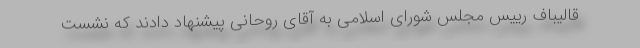
قالیباف رییس مجلس شورای اسلامی به آقای روحانی پیشنهاد دادند که نشست